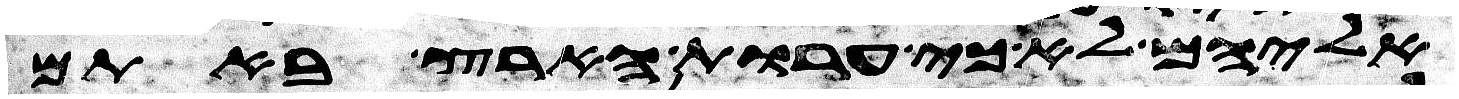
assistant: אליהם לא כי ערות הארץ באתם